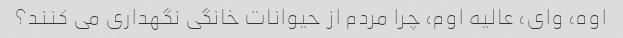
اوه، وای، عالیه اوم، چرا مردم از حیوانات خانگی نگهداری می کنند؟